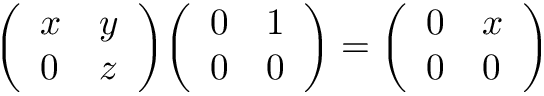
{ \left( \begin{array} { l l } { x } & { y } \\ { 0 } & { z } \end{array} \right) } { \left( \begin{array} { l l } { 0 } & { 1 } \\ { 0 } & { 0 } \end{array} \right) } = { \left( \begin{array} { l l } { 0 } & { x } \\ { 0 } & { 0 } \end{array} \right) }